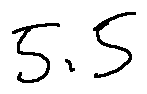
5 . 5